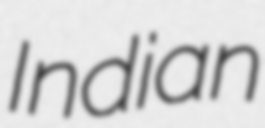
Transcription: Indian